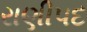
રાણીપદ